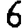
Digit: 6